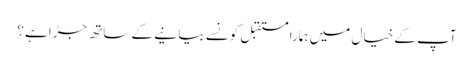
آپ کے خیال میں ہمارا مستقبل کونسے بیانیے کے ساتھ جڑا ہے؟